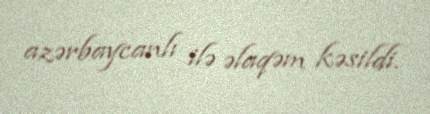
azərbaycanlı ilə əlaqəm kəsildi.